Martna_vallavalitsus, lk 39
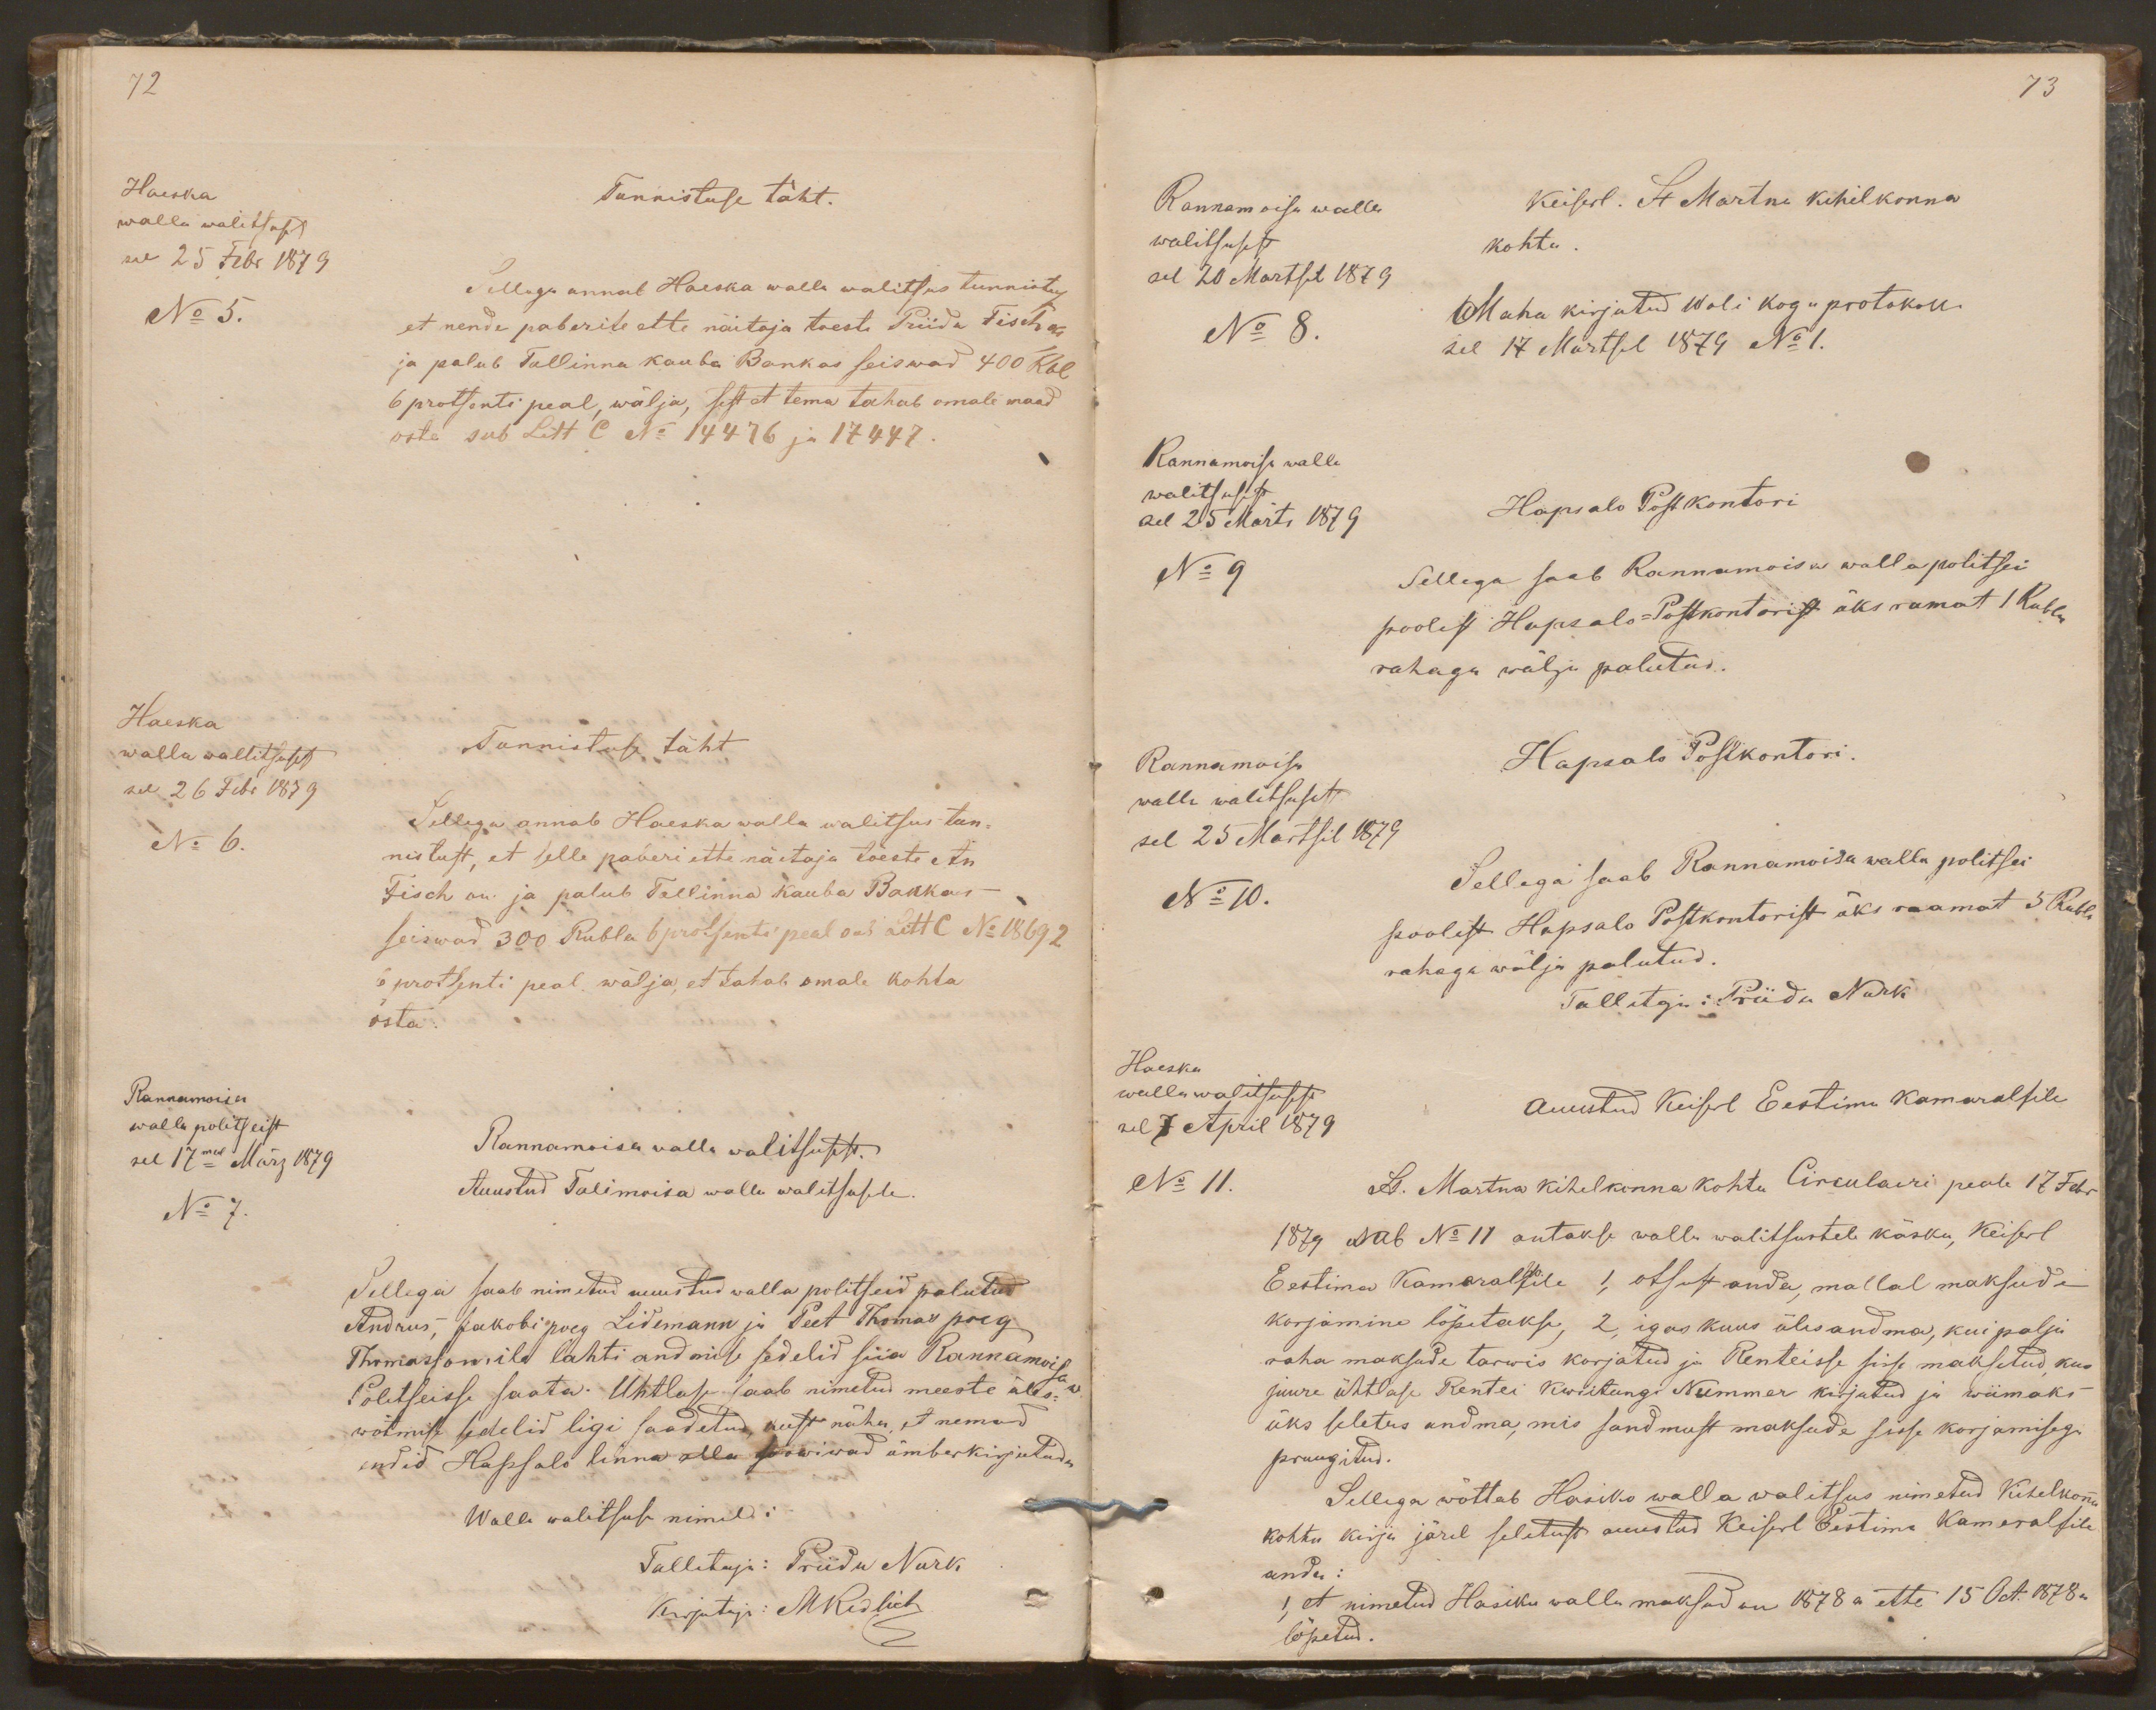
72
Haeska
Tunnistuse täht.
walla walitsusest
sel 25 Febr 1879
Sellega annab Haeska walla walitsus tunnistus
No 5.
et nende paberite ette näitaja toesti Priidu Fisch on
ja palub Tallinna kauba Bankas seiswad 400 Rbl
6 protsenti peal, wälja, sest et tema tahab omale maad
osta sub Litt C No 14476 ja 17447
Haeska
walla wallitsusest
Tunnistuse täht
sel 26 Febr 1879
No 6.
Sellega annab Haeska walla walitsus tun-
nistust, et selle paberi ette näitaja tõeste An
Fisch on ja palub Tallinna kauba Bankas
seiswad 300 Rubla 6 protsenti peal sub Litt C No 18692
6 protsenti peal wälja, et tahab omale kohta
osta.
Rannamoisa
walla politseist
sel 17mal März 1879
Rannamoisa walla walitsusest.
No 7.
Auustud Talimoisa walla walitsusele
Sellega saab nimetud auustud walla politseid palutud
Andrus, Jakobi poeg Lidemann ja Peet Thomas poeg
Thomassonile lahti andmise sedelid siia Rannamoisa w
Politseisse saata. Ühtlase saab nimetud meeste üles-
wõtmise sedelid ligi saadetud, kust näha, et nemad
endid Hapsalo linna alla soowiwad ümberkirjutada
Walla walitsuse nimel:
Tallitaja: Priidu Nurk
Kirjutaja: MRedlich

73
Rannamoisa walla
Keiserl. St Martna kihelkonna
walitsusest
kohtu.
sel 20 Martsil 1879
Maha kirjutud Woli kogu protokoll.
No 8.
sel 17 Martsil 1879 No 1.
Rannamoisa walla
walitsusest
sel 25 Märts 1879
Hapsalo Postkontori
No 9
Sellega saab Rannamoisa wallapolitsei
poolest Hapsalo-Postkontorist üks ramat 1 Rubla
rahaga wälja palutud.
Rannamoisa
Hapsalo Postkontori.
walla walitsusest
sel 25 Märtsil 1879
Sellega saab Rannamoisa walla politsei
No 10.
poolest Hapsalo Postkontorist üks raamat 5 Rubla
rahaga wälja palutud.
Tallitaja: Priidu Nurk
Haeska
wallawalitsusest
Auustud Keiserl Eestima Kameralfile
sel 7 April 1879
No 11.
St. Martna kihelkonna kohtu Circulaeri peale 17 Febr
1879 sub No 11 antakse walla walitsustele käsku, Keiserl
Eestima Kameralhofile 1, otsust anda, mallal maksude
korjamine lõpetakse, 2, igas kuus üles andma, kui palju
raha maksude tarwis korjatud ja Renteisse sisse maksetud, kus
juure ühtlase Rentei Kwiitungi Nummer kirjutud ja wiimaks
üks seletus andma, mis sondmust maksude sisse korjamisega
pruugitud.
Sellega wõttab Hasiko walla walitsus nimetud kihelkonna
kohtu kirja järel seletust auustud Keiserl Eestima Kameralfile
anda:
1, et nimetud Hasiku walla maksud on 1878 a ette 15 Oct. 1878a
lõpetud.